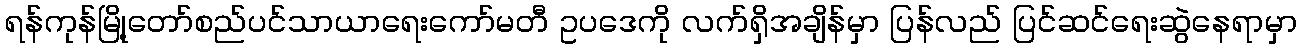
ရန်ကုန်မြို့တော်စည်ပင်သာယာရေးကော်မတီ ဥပဒေကို လက်ရှိအချိန်မှာ ပြန်လည် ပြင်ဆင်ရေးဆွဲနေရာမှာ